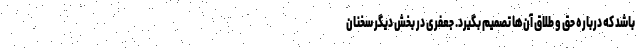
باشد که درباره حق و طلاق آن‌ها تصمیم بگیرد. جعفری در بخش دیگر سخنان